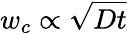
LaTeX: w_{c}\propto\sqrt{Dt}